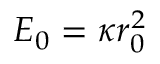
E _ { 0 } = \kappa r _ { 0 } ^ { 2 }